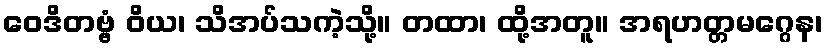
ဝေဒိတဗ္ဗံ ဝိယ၊ သိအပ်သကဲ့သို့။ တထာ၊ ထို့အတူ။ အရဟတ္တမဂ္ဂေန၊